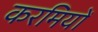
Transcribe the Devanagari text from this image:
करमियों